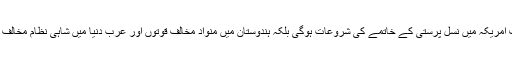
کیونکہ اس کے بعد نہ صرف امریکہ میں نسل پرستی کے خاتمے کی شروعات ہوگی بلکہ ہندوستان میں منواد مخالف قوتوں اور عرب دنیا میں شاہی نظام مخالف قوتوں کو بھی قوت ملے گی۔